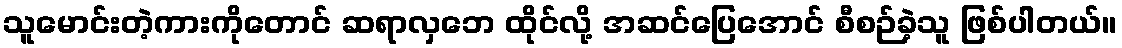
သူမောင်းတဲ့ကားကိုတောင် ဆရာလှဘေ ထိုင်လို့ အဆင်ပြေအောင် စီစဉ်ခဲ့သူ ဖြစ်ပါတယ်။